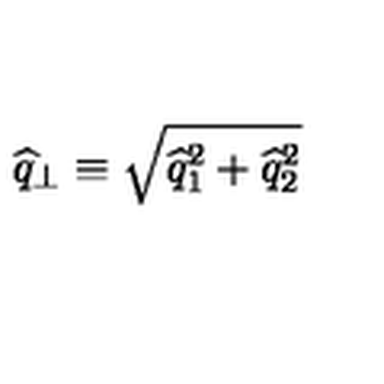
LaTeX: \widehat { q } _ { \perp } \equiv \sqrt { \widehat { q } _ { 1 } ^ { 2 } + \widehat { q } _ { 2 } ^ { 2 } }